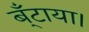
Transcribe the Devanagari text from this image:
ब्ँटाया।